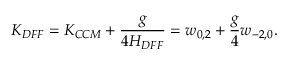
K _ { D F F } = K _ { C C M } + \frac { g } { 4 H _ { D F F } } = w _ { 0 , 2 } + { \frac { g } { 4 } } w _ { - 2 , 0 } .